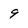
Character: 9